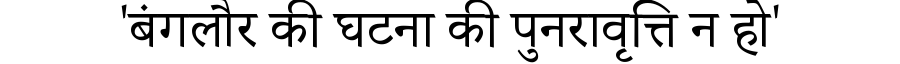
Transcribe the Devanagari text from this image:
'बंगलौर की घटना की पुनरावृत्ति न हो'